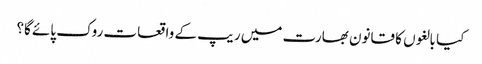
کیا بالغوں کا قانون بھارت میں ریپ کے واقعات روک پائے گا؟